Statistical return of the lunatic asylum in Assam - 1912-1932
Year: 1912
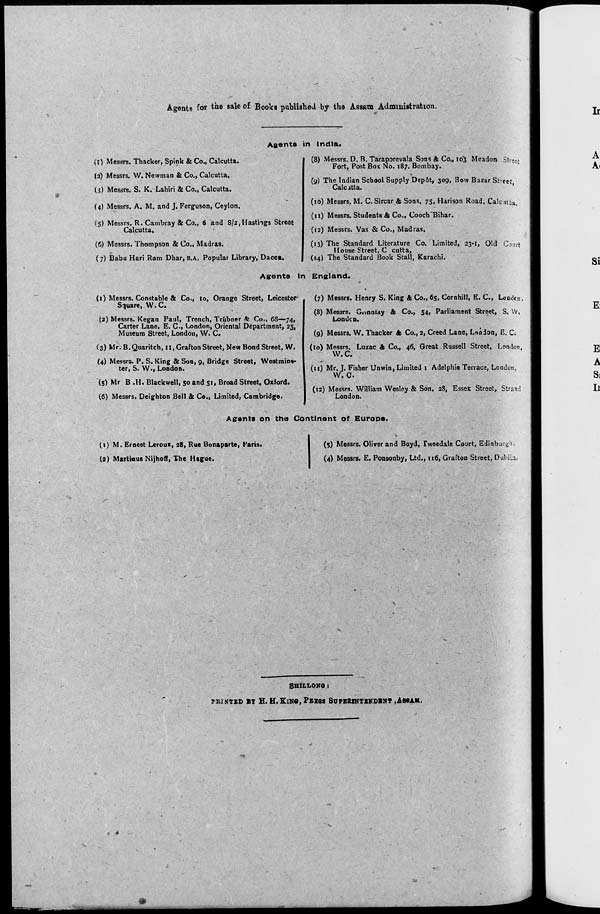
Agents for the sale of Books published by the Assam Administration.
Agents in lndta.
(i) Messrs. Thacker, Spink & Co., Calcutta,
(a) Messrs. W. Newman & Co., Calcutta.
(3) Messrs. S. K. Lahiri & Co., Calcutta.
(4) Messrs. A. M. and J. Ferguson, Ceylon.
?5) Messrs. R. Cambray & Co., 6 and 8/2, Hastings Street
Calcutta.
(6) Messrs. Thompson & Co., Madras.
(7) Babu Hari Ram Dhar, B.A. Popular Library, Dacca.
(8) Messrs. D. B. Taraporevala Sons A Co., 10^ Meadon Street
Fort, Post Box No. 187. Bombay.
(y) The Indian School Supply Depot, 309, Bow Bazar Sheet
Calcitta.
'
(10) Messrs. M. C. Sircar & Sons, 75, Harison Road, Calcjtfcu,
(11) Messrs. Students & Co., Cooch"Bihar.
(12) Messrs. Vas & Co., Madras.
(13) The Standard Literature Co. Limited, 23-1, Old Court
House Street, C cutta,
(14) The Standard Book Stall, Karachi.
Agents In England.
(1) Messrs. Constable & Co., lo, Orange Street, Leicester
Square, W.C.
(2) Messrs. Kegan Paul, Trench, Trubner te Co., 68—74,
Carter Lane, E. C, London, Oriental Department, 25,
Museum Street, London, W. C.
(3) Mr. B. Quaritch, 11, Grafton Street, New Bond Street, W.
(4) Messrs. P. S. King & Son, 9, Bridge Street, Westmins-
ter, S. VV., London.
(5) Mr B .H. Blackwell, 50 and 51, Broad Street, Oxford.
(6) Messrs. Deighton Bell & Co., Limited, Cambridge.
(7) Messrs. Henry S. King & Co., 65, Cornhill, E. C, Londcn.
(8) Messrs. Gnnalay & Co., 54, Parliament Street, S. \V.
Londcn.
(9) Messrs. W. Thacker & Co., 2, Creed Lane, Lin don, E. C.
(lo) Messrs. Luzac & Co., 46, Great Russell Street, London,
VV. C.
(n) Mr. J. Fisher Unwin, Limited 1 Adelphie Terrace, London,
W. 0.
(12) Messrs. William Wesley & Son. 28, Essex Street, Strand
London.
Agents on the Continent of Burope.
(t) M. Ernest Leroux, 28, Rue Bonaparte, Paris.
(3) Martinus Nijhoff, The Hague.
(5) Messrs. Oliver and Boyd, Tweedale Court, Edinburgh
(4) Messrs. E. Ponsonby, Ltd., 116, Grafton Street, bubiia,
SHILLON0:
TKIHTXD BT H. H.KlNO.PEESS SUPEHINTENDBH* .AfHU.ll,